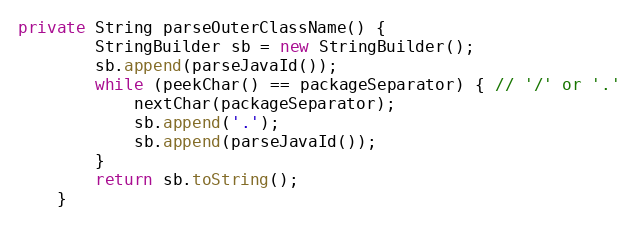
Language: Java
private String parseOuterClassName() {
		StringBuilder sb = new StringBuilder();
		sb.append(parseJavaId());
		while (peekChar() == packageSeparator) { // '/' or '.'
			nextChar(packageSeparator);
			sb.append('.');
			sb.append(parseJavaId());
		}
		return sb.toString();
	}